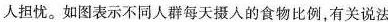
人担忧。如图表示不同人群每天摄入的食物比例，有关说法